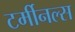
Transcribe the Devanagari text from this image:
टर्मीनल्स